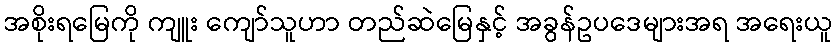
အစိုးရမြေကို ကျူး ကျော်သူဟာ တည်ဆဲမြေနှင့် အခွန်ဥပဒေများအရ အရေးယူ